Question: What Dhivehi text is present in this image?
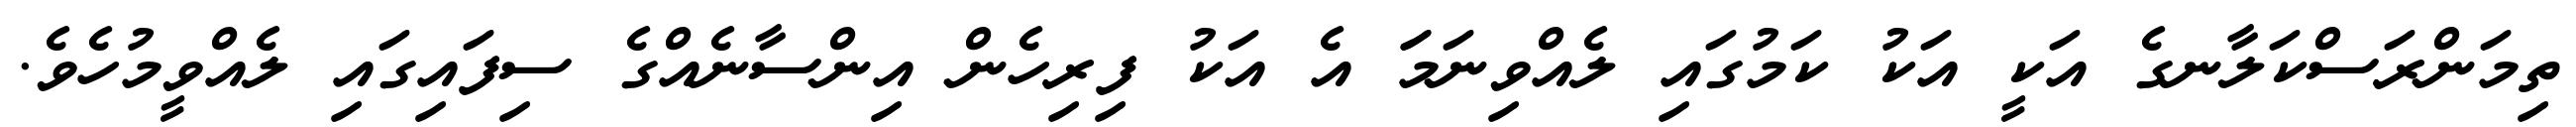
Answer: ތިމަންރަސްކަލާނގެ އަކީ އަކު ކަމުގައި ލެއްވިނަމަަ އެ އަކު ފިރިހެން އިންސާނެއްގެ ސިފައިގައި ލެއްވީމުހެވެ.